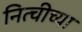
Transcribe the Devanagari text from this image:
नित्चीच्या